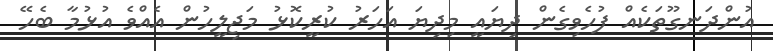
އުންދަނގޫތަކެއް ފުހެވިގެން ދިޔައީ މިދިޔަ އަހަރު ކުރީކޮޅު މަޖިލީހުން އެއްވެ އުޅުމާ ބެހޭ